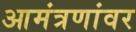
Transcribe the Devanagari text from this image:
आमंत्रणांवर